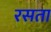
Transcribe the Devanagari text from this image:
रसता